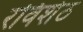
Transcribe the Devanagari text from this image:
रविशेठ